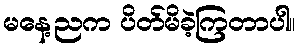
မနေ့ညက ပိတ်မိခဲ့ကြတာပါ။